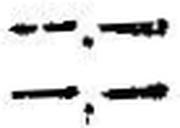
—.—